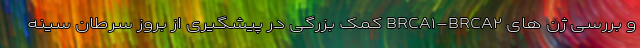
و بررسی ژن های BRCA۱-BRCA۲ کمک بزرگی در پیشگیری از بروز سرطان سینه